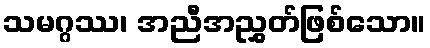
သမဂ္ဂဿ၊ အညီအညွှတ်ဖြစ်သော။